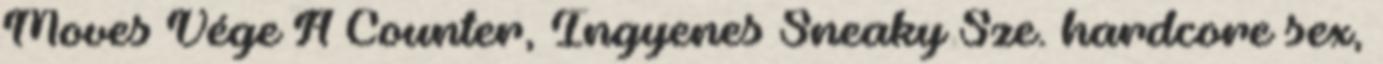
Moves Vége A Counter, Ingyenes Sneaky Sze. hardcore sex,